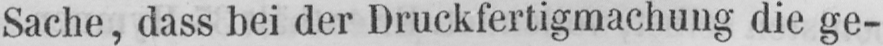
Sache, dass bei der Druckfertigmachung die ge-